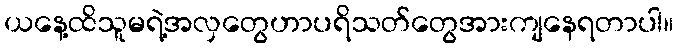
ယနေ့ထိသူမရဲ့အလှတွေဟာပရိသတ်တွေအားကျနေရတာပါ။